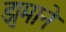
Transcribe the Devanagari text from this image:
झुमाने